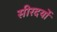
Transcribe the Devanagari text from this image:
सीरदर्यो